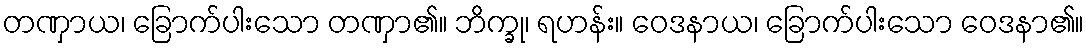
တဏှာယ၊ ခြောက်ပါးသော တဏှာ၏။ ဘိက္ခု၊ ရဟန်း။ ဝေဒနာယ၊ ခြောက်ပါးသော ဝေဒနာ၏။